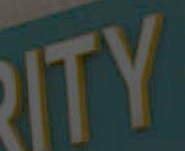
RITY